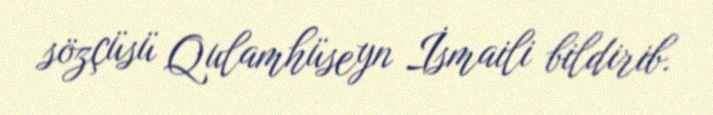
sözçüsü Qulamhüseyn İsmaili bildirib.